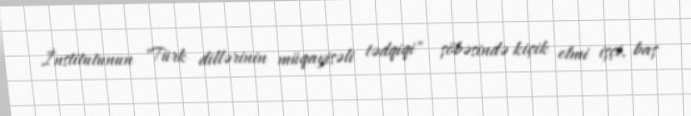
İnstitutunun "Türk dillərinin müqayisəli tədqiqi" şöbəsində kiçik elmi işçi, baş